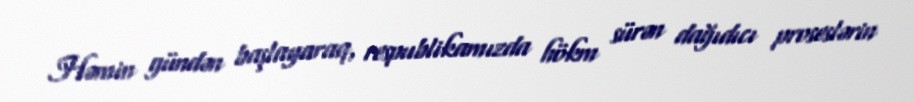
Həmin gündən başlayaraq, respublikamızda hökm sürən dağıdıcı proseslərin